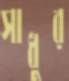
সাধুর